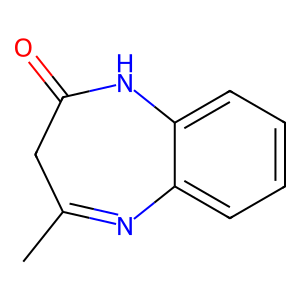
SMILES: CC1=Nc2ccccc2NC(=O)C1
Inhibits HIV replication: No